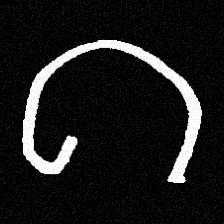
Pyu character \u2014 Myanmar letter: ဂ (romanized: ga)